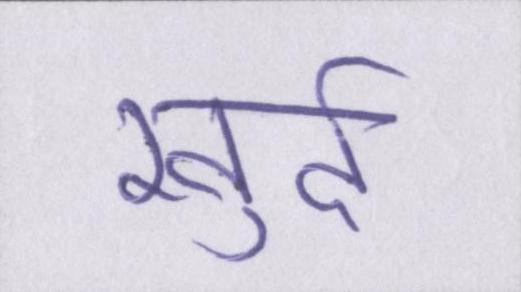
खुर्द